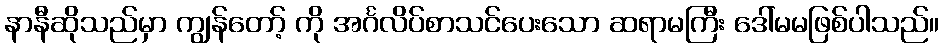
နာနီဆိုသည်မှာ ကျွန်တော့် ကို အင်္ဂလိပ်စာသင်ပေးသော ဆရာမကြီး ဒေါ်မမဖြစ်ပါသည်။